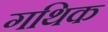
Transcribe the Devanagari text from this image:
गथिक